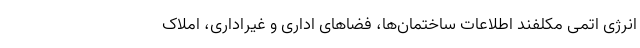
انرژی اتمی مکلفند اطلاعات ساختمان‌ها، فضاهای اداری و غیراداری، املاک